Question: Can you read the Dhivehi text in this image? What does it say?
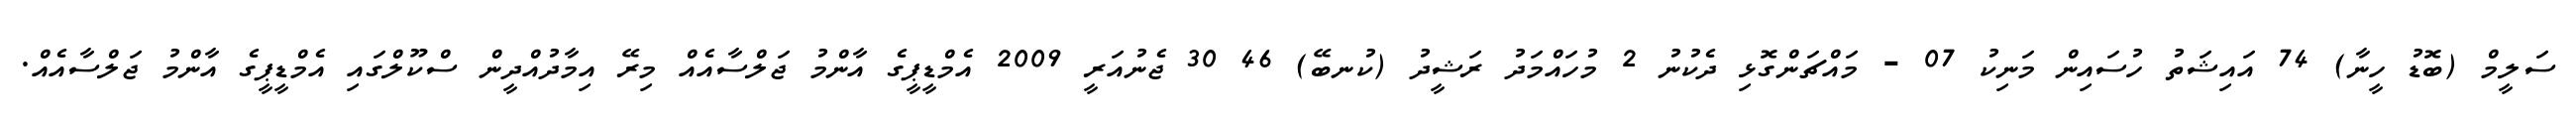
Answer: ސަލީމް (ބޮޑު ހީނާ) 74 އައިޝަތު ހުސައިން މަނިކު 07 - މައްޗަންގޮޅި ދެކުނު 2 މުހައްމަދު ރަޝީދު (ކުނބޭ) 46 30 ޖެނުއަރީ 2009 އެމްޑީޕީގެ އާންމު ޖަލްސާއެއް މިރޭ އިމާދުއްދީން ސްކޫލްގައި އެމްޑީޕީގެ އާންމު ޖަލްސާއެއް.